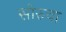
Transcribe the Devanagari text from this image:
सोरुचा